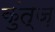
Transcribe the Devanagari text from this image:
कुंत्ज़